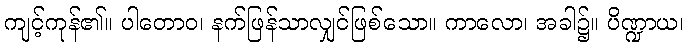
ကျင့်ကုန်၏။ ပါတောဝ၊ နက်ဖြန်သာလျှင်ဖြစ်သော။ ကာလော၊ အခါ၌။ ပိဏ္ဍာယ၊